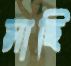
মাছি